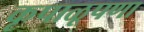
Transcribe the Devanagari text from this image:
कृपाळूपणा